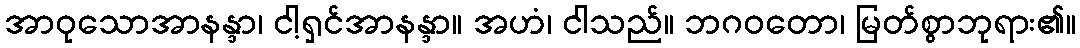
အာဝုသောအာနန္ဒာ၊ ငါ့ရှင်အာနန္ဒာ။ အဟံ၊ ငါသည်။ ဘဂဝတော၊ မြတ်စွာဘုရား၏။